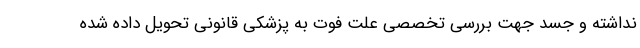
نداشته و جسد جهت بررسی تخصصی علت فوت به پزشکی قانونی تحویل داده شده